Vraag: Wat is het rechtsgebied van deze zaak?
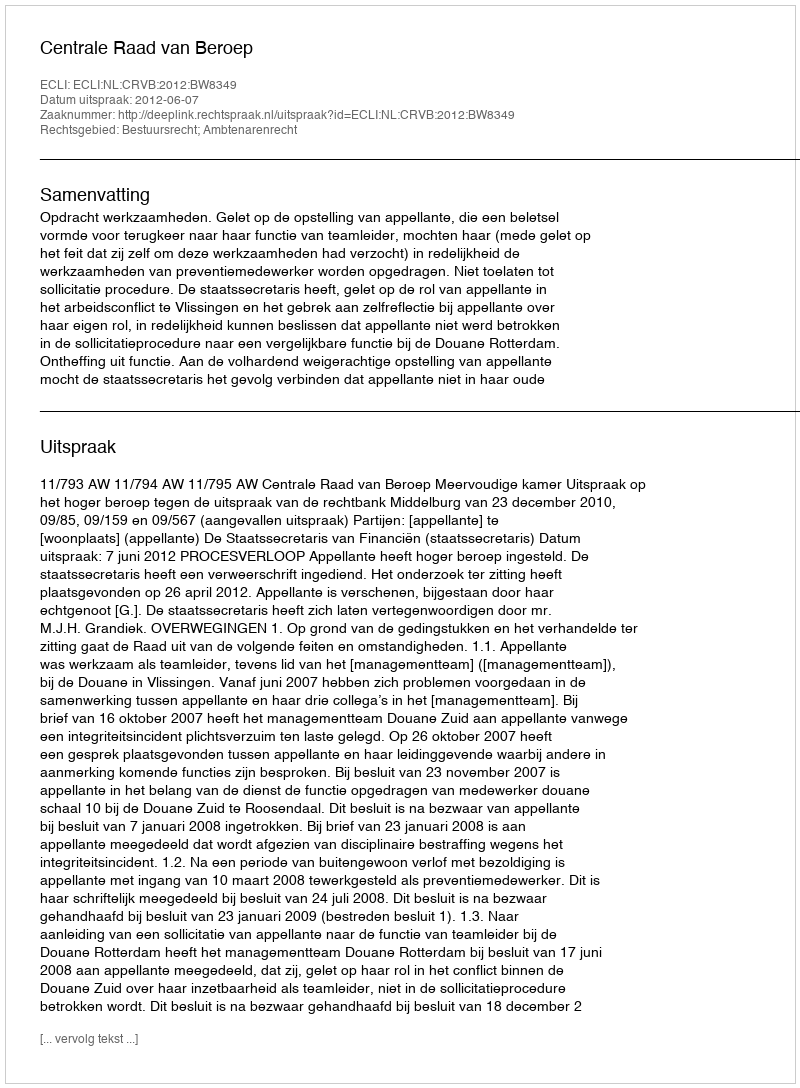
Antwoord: Bestuursrecht; Ambtenarenrecht